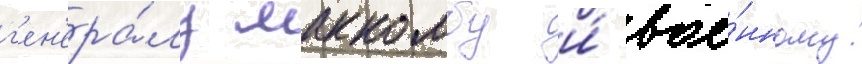
г'ен'ера́лу маккомбу и́ вое́нному